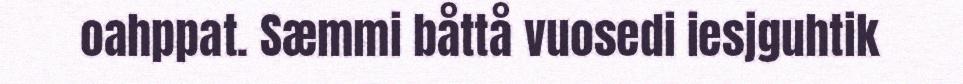
oahppat. Sæmmi båttå vuosedi iesjguhtik